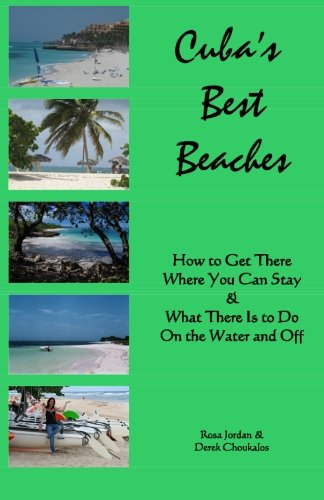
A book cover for Cuba's Best Beaches; Rosa Jordan; Travel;